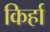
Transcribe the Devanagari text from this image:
किर्हा